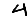
Digit: 4